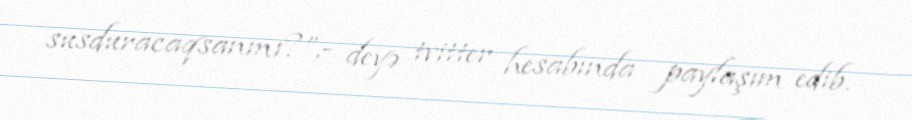
susduracaqsanmı?”,- deyə tvitter hesabında paylaşım edib.